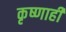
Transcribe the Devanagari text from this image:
कृष्णाही